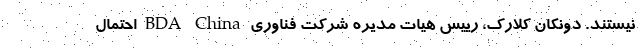
نیستند. دونکان کلارک، رییس هیات مدیره شرکت فناوری BDA China احتمال